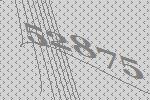
52875